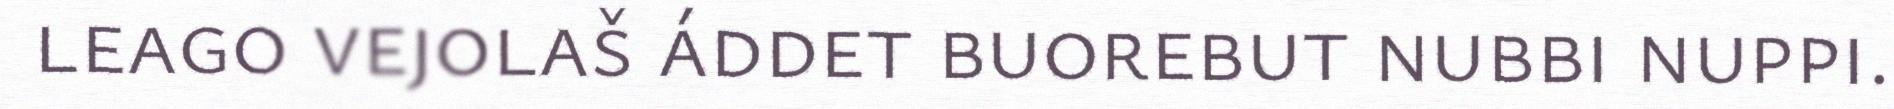
leago vejolaš áddet buorebut nubbi nuppi.